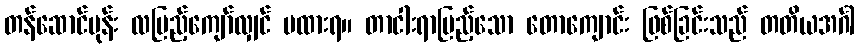
တန်ဆောင်မုန်း လပြည့်ကျော်လျှင် မထားရ။ တာငါးရာပြည့်သော တောကျောင်း ဖြစ်ခြင်းသည် တတိယအင်္ဂါ